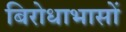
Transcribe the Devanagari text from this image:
बिरोधाभासों